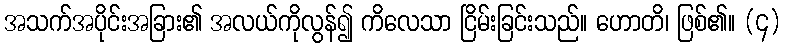
အသက်အပိုင်းအခြား၏ အလယ်ကိုလွန်၍ ကိလေသာ ငြိမ်းခြင်းသည်။ ဟောတိ၊ ဖြစ်၏။ (၄)